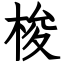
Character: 梭